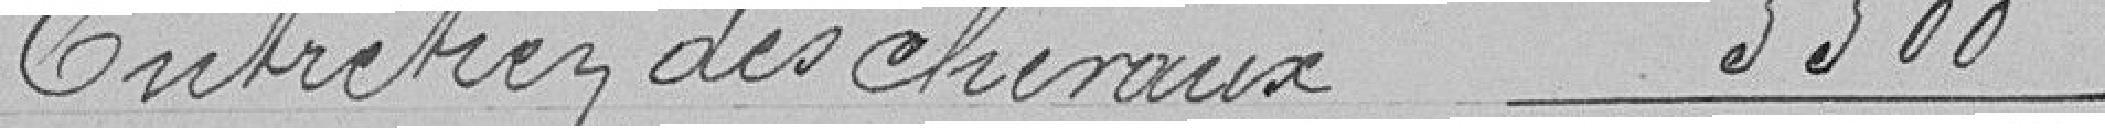
Entretien des chevaux 5500